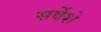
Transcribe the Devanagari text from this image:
सर्वेशे